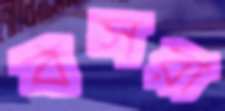
বসরা